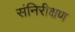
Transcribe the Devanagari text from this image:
संनिरीक्षण